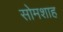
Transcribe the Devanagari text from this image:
सोमशाह